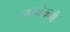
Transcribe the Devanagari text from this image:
जन्मोजन्मी